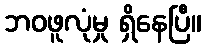
ဘဝဖူလုံမှု ရှိနေပြီ။